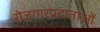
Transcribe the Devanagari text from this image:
रोजगारप्रदाताओं